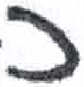
אות: כ